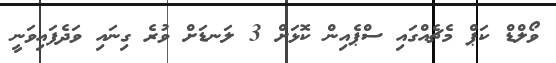
ވޯލްޑް ކަޕް މެޗެއްގައި ސްޕެއިން ކޮޅަށް 3 ލަނޑަށް ވުރެ ގިނައި ވަދެފައިވަނީ